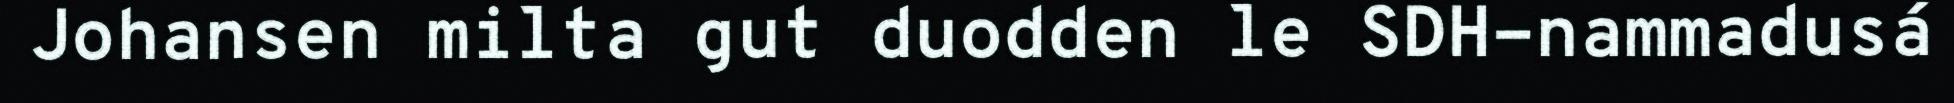
Johansen milta gut duodden le SDH-nammadusá